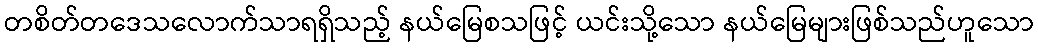
တစိတ်တဒေသလောက်သာရရှိသည့် နယ်မြေစသဖြင့် ယင်းသို့သော နယ်မြေများဖြစ်သည်ဟူသော